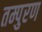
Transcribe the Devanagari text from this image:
तम्पुरण